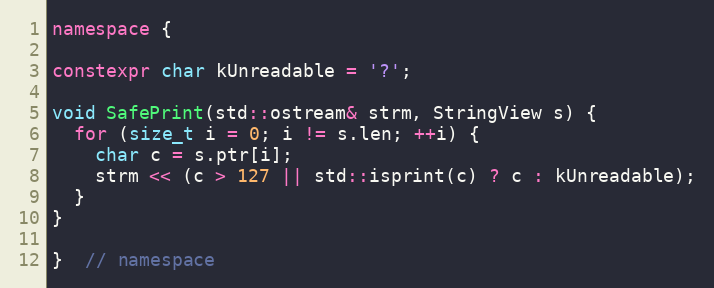
Language: C++
namespace {

constexpr char kUnreadable = '?';

void SafePrint(std::ostream& strm, StringView s) {
  for (size_t i = 0; i != s.len; ++i) {
    char c = s.ptr[i];
    strm << (c > 127 || std::isprint(c) ? c : kUnreadable);
  }
}

}  // namespace